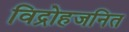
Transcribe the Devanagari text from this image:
विद्रोहजनित